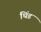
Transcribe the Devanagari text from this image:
थिंड